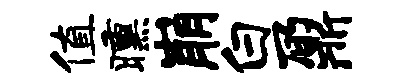
值曛崩白鼐